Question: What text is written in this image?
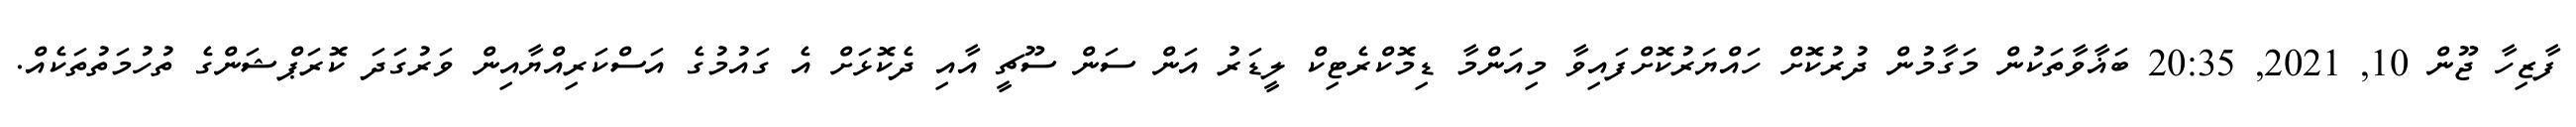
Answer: ފާޒިހާ ޖޫން 10, 2021, 20:35 ބަޣާވާތަކުން މަގާމުން ދުރުކޮށް ހައްޔަރުކޮށްފައިވާ މިއަންމާ ޑިމޮކްރެޓިކް ލީޑަރު އަން ސަން ސޫޗީ އާއި ދެކޮޅަށް އެ ގައުމުގެ އަސްކަރިއްޔާއިން ވަރުގަދަ ކޮރަޕްޝަންގެ ތުހުމަތުތަކެއް.